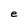
Character: e